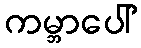
ကမ္ဘာပေါ်